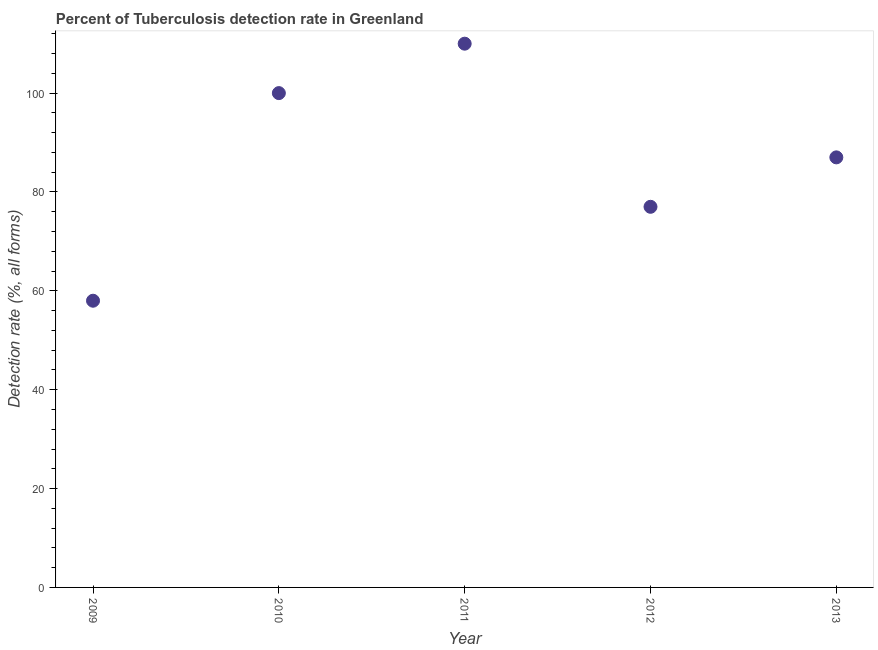
| Year | Tuberculosis case detection rate |
 | --- | --- |
 | 2009 | 58 |
 | 2010 | 100 |
 | 2011 | 110 |
 | 2012 | 77 |
 | 2013 | 87 |